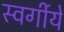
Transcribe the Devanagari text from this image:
स्वर्गीये